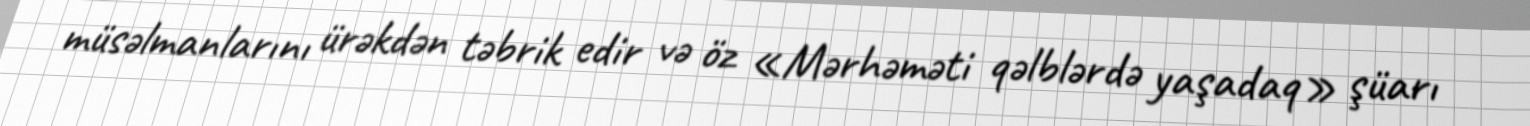
müsəlmanlarını ürəkdən təbrik edir və öz «Mərhəməti qəlblərdə yaşadaq» şüarı